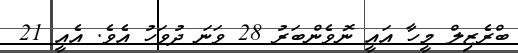
ބްރެޒިލް މީހާ އައީ ނޮވެންބަރު 28 ވަނަ ދުވަހު އެވެ. އެއީ 21